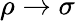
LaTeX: \rho\rightarrow\sigma